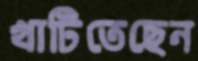
খাটিতেছেন